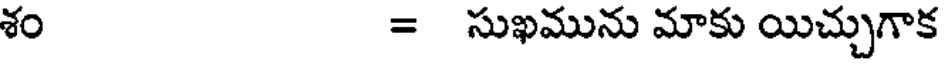
శం = సుఖమును మాకు యిచ్చుగాక